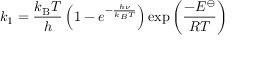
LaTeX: k _ { 1 } = { \frac { k _ { \mathrm { B } } T } { h } } \left( 1 - e ^ { - { \frac { h \nu } { k _ { B } T } } } \right) \exp \left( { \frac { - E ^ { \ominus } } { R T } } \right)